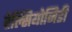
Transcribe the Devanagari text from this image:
हेल्सियोनिडी